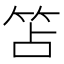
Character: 笘